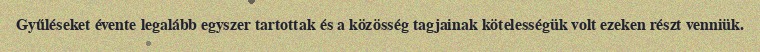
Gyűléseket évente legalább egyszer tartottak és a közösség tagjainak kötelességük volt ezeken részt venniük.